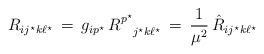
\begin{align*}R_{ij^\star k \ell^\star } \, = \, g_{ip^\star} \,R^{p^\star}_{\phantom{p^\star}j^\star k \ell^\star} \, =\, {1\over{\mu^2}} \,{\hat R}_{ij^\star k \ell^\star }\end{align*}